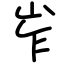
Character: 岝